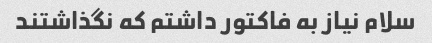
سلام نیاز به فاکتور داشتم که نگذاشتند